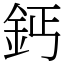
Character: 鈣